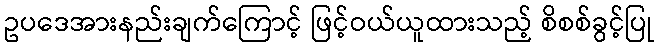
ဥပဒေအားနည်းချက်ကြောင့် ဖြင့်ဝယ်ယူထားသည့် စိစစ်ခွင့်ပြု